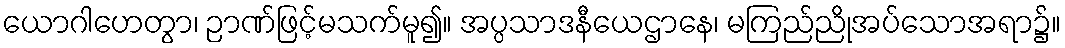
ယောဂါဟေတွာ၊ ဉာဏ်ဖြင့်မသက်မူ၍။ အပ္ပသာဒနီယေဌာနေ၊ မကြည်ညိုအပ်သောအရာ၌။